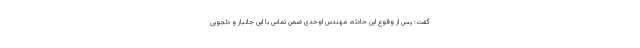
گفت: پس از وقوع این حادثه، مهندس اوحدی ضمن تماس با این جانباز و دلجویی